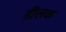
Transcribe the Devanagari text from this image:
डीलक